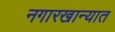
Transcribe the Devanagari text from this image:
नगारखान्यात